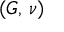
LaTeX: ( G , \, \nu )